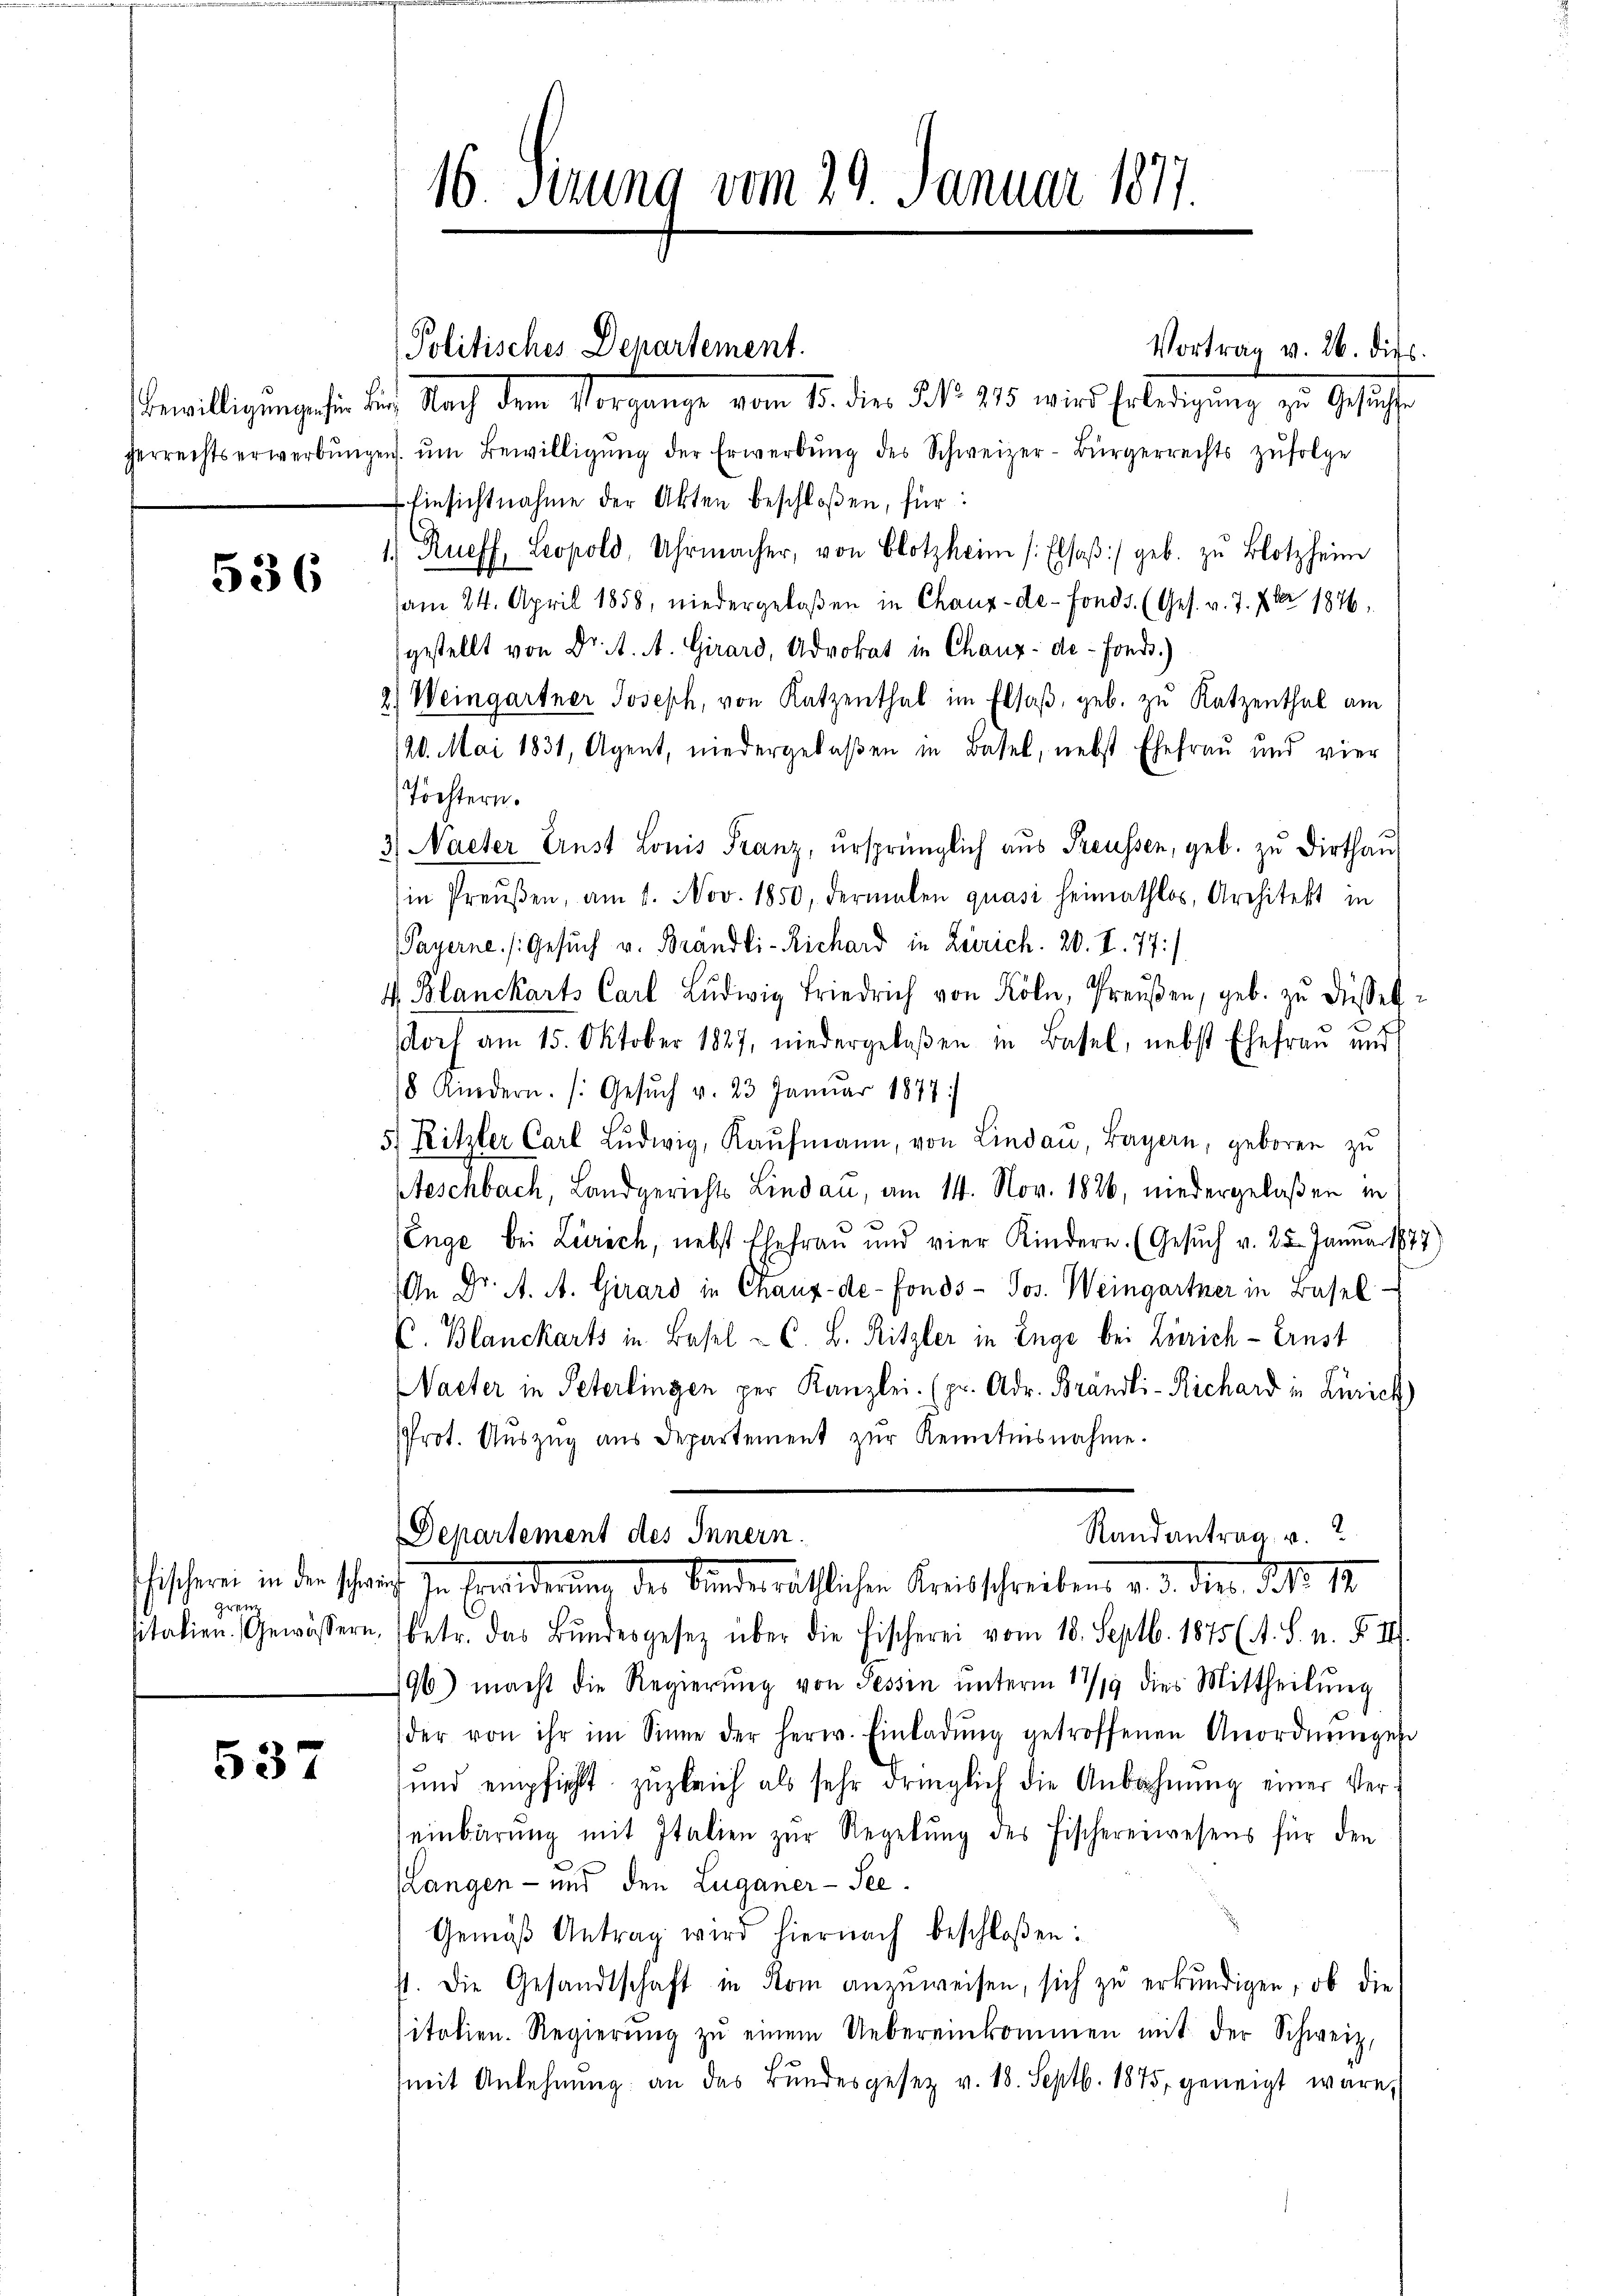
536

grenze

537

16. Serung vom 29. Januar 1877.

Politisches Departement.
Vortrag v. 26. dies
Bewilligunge sie die Nach dem Vorgange vom 15. dies No. 215 wird Erledigung zu Gesuchte
gerrechtserwerbŭngen ŭm Bewilligŭng der Erwerbŭng des Schweizer-Bürgerrechts zŭfolge
Einsichtnahme der Akten beschloßen, für:
1.) Rueff, Leopold, Uhrmacher, von Blotzheim Elsaβ:/ geb. zŭ Blotzheim
am 24. April 1858, niedergelaßen in Chaux-de-Fonds. (Ges. v. 7. 7ber 1876.
gestellt von Dr. A. A. Girard, Advokat in Chaux-de-Fonds.)
2) Weingartner Joseph, von Katzenthal im Elsaß, geb. zu Katzenthal am
/20. Mai 1831, Agent, niedergelaßen in Basel, nebst Ehefrau und vier
Töchtern.
3) Nacher Ernst Louis Franz, ursprünglich aus Preussen, geb. zu Dirthau
in Preŭβen, am 1. Nov. 1850, dermalen quasi heimathlos, Architekt in
Payerne /:Gesuch v. Brandli-Richard in Zürich. 20. I. 77
4. Blanckarts Carl Ludwig Friedrich von Köln, Preŭβen, geb. zŭ dessel
doch am 15. Oktober 1827, niedergelaßen in Basel, nebst Ehefraŭ und
8 Kindern. (Gesŭch v. 23 Januar 1877
r
5. Ritzler Carl Lŭdwig, Kaŭfmann, von Lindau, Bayern, geboren zŭ
Beschbach, Landgerichts Lindau, am 14. Nov. 1826, niedergelaßen in
Enge bei Zürich, nebst Ehefrau und vier Kindern. (Gesŭch v. 25. Januar 187
An Dr. A. A. Girard in Chaux-de-Fonds- Jos. Weingartner in Basel-
C. Blanckarts in Basel - C. B. Ritzler in Enge bei Zürich - Ernst
Nacter in Peterlingen per Kanzlei. (pr. Adr. Brändli-Richard in Zürich
Prot. Aŭszŭg ans Departement zŭr Kenntnisnahme.
Randantrag v. 2
Departement des Innern.
fischeren in der schrift zu Erwiederung der Kinden räthlichen Kreisschreibens v. d. der Febr. 18.
sitalien. Gewässern, betr. das Bŭndesgesetz über die Fischerei vom 18. Septb. 1875 (s. S. n. F. III.
196) macht die Regierŭng von Tessin ŭnterm 17/19 dies Mittheilŭng
der von ihr im Sinne der herw. Einladŭng getroffenen Anordnungen
und empfiehlt zŭgleich als sehr dringlich die Anbahnŭng einer Ver-
einbarŭng mit Italien zŭr Regelŭng des Fischereiwesens für den
(Langen - und den Luganer-See.
Gemäß Antrag wird hiernach beschloßen:
st. Die Gesandtschaft in Rom anzŭweisen, sich zu erkundigen, ob die
sitalien. Regierŭng zŭ einem Uebereinkommen mit der Schweiz.
mit Anlehnŭng an das Bundesgesetz v. 18. Septb. 1875, geneigt wäre,

1)